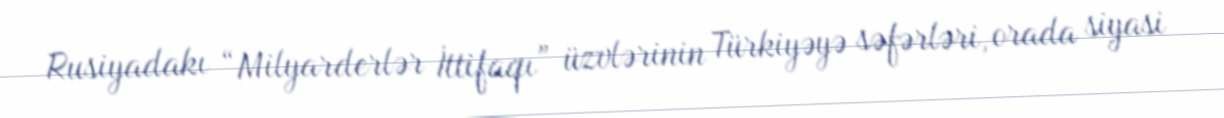
Rusiyadakı “Milyarderlər İttifaqı” üzvlərinin Türkiyəyə səfərləri, orada siyasi